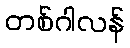
တစ်ဂါလန်